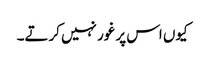
کیوں اس پر غور نہیں کرتے۔